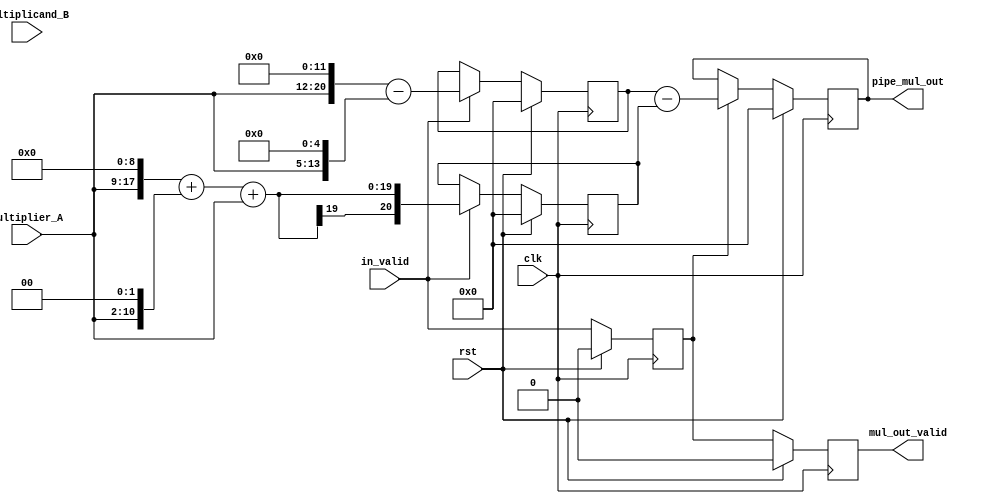
`timescale 1ns / 1ps
//////////////////////////////////////////////////////////////////////////////////
// Company: 
// Engineer: 
// 
// Design Name: 
// Module Name: pipeline_multiplication
// Project Name: 
// Target Devices: 
// Tool Versions: 
// Description: 
// 
// Dependencies: 
// 
// Revision:
// Revision 0.01 - File Created
// Additional Comments:
// 
//////////////////////////////////////////////////////////////////////////////////


module pipeline2_multiplication #(
         parameter MULTIPLIER_WIDTH=9,
			          MULTIPLICAND_WIDTH=13
)
(     
      input clk,
		input rst,
		input in_valid,
		input  signed[MULTIPLIER_WIDTH-1:0]  Multiplier_A,
		input  signed[MULTIPLICAND_WIDTH-1:0]Multiplicand_B,
		output mul_out_valid,
		output signed[MULTIPLIER_WIDTH+MULTIPLICAND_WIDTH-2:0]pipe_mul_out
    );
	 
	 
	reg signed[MULTIPLIER_WIDTH+MULTIPLICAND_WIDTH-2:0]pipe_mul1_high,pipe_mul1_low; 
	reg signed[MULTIPLIER_WIDTH+MULTIPLICAND_WIDTH-2:0]pipe_mul2;
	reg in_valid_R,in_valid_R1;
   reg signed[MULTIPLIER_WIDTH+MULTIPLICAND_WIDTH-2:0]pipe2_mul;


//valide signal Shoot
always @(posedge clk )begin
   if(rst)begin
      in_valid_R<=0;
		in_valid_R1<=0;
		end
	else begin
	   in_valid_R<=in_valid;
		in_valid_R1<=in_valid_R;
		end
end

always @(posedge clk )begin
   if(rst)
      pipe_mul1_high<=0;
	else if(in_valid)
	   pipe_mul1_high<=(Multiplier_A<<<12)-(Multiplier_A<<<5);
end 


always @(posedge clk )begin
   if(rst)
      pipe_mul1_low<=0;
	else if(in_valid)
	   pipe_mul1_low<=(Multiplier_A<<<9)+(Multiplier_A<<<2)+Multiplier_A;
end

always @(posedge clk )begin
   if(rst)
      pipe_mul2<=0;
	else if(in_valid_R)
	   pipe_mul2<=pipe_mul1_high-pipe_mul1_low;
end
	 
assign pipe_mul_out=pipe_mul2;
assign mul_out_valid=in_valid_R1;


/* integer outfile;
always@(posedge clk) begin
   if(rst)
    outfile = $fopen("E:/ZynqPro/code_sy_test/arctan_Numerator.txt","w");  // 
   else if(in_valid_R1)
    $fdisplay(outfile,"%d",pipe_mul2);
end  */

/* integer outfile2;
always@(posedge clk) begin
   if(!rst)
    outfile2 = $fopen("E:/ZynqPro/code_sy_test/arctan_NumeratorDSP.txt","w");  // 
   else if(in_valid_R)
    $fdisplay(outfile2,"%d",pipe2_mul);
end  */
endmodule